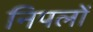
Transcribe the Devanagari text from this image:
निपलों